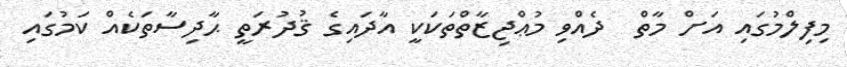
މިފިލްމުގައި އަށް މާތް  ދެއްވި މުޢްޖިޒާތްތަކަކީ އާދައިގެ ޤުދުރަތީ ޙާދިސާތަކެއް ކަމުގައި